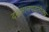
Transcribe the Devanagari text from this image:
दशमानपद्धतीतच